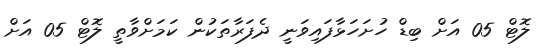
ލޮޓް 05 އަށް ބިޑް ހުށަހަޅާފައިވަނީ ދެފަރާތަކުން ކަމަށްވާތީ ލޮޓް 05 އަށް